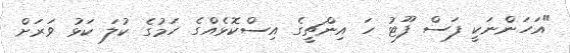
"އަހަންނަކީ ފަސް ފޫޓު ހަ އިންޗީގެ އިސްކޮޅެއްގެ ހަމުގެ ކުލަ ކަޅު ވަރަށް